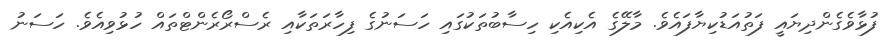
ފުޅާވެގެންދިޔައީ ފަތުއަޑުކިޔާފައެވެ. މާލޭގެ އެކިއެކި ހިސާބުތަކުގައި ހަސަނުގެ ފިހާރަތަކާއި ރެސްރޯރެންޓްތައް ހުޅުވިއެވެ. ހަސަނު